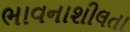
ભાવનાશીલતા